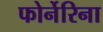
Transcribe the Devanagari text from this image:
फोर्नेरिना